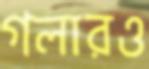
গলারও